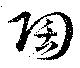
陶